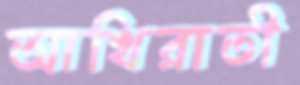
আখিরাতী